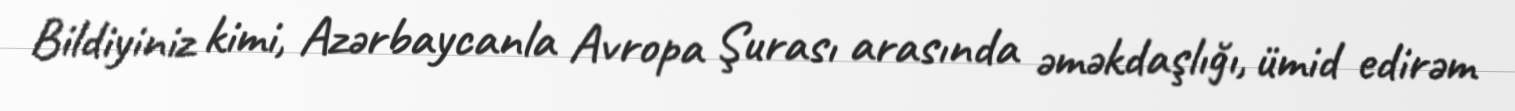
Bildiyiniz kimi, Azərbaycanla Avropa Şurası arasında əməkdaşlığı, ümid edirəm